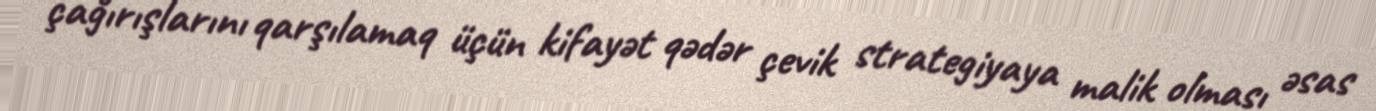
çağırışlarını qarşılamaq üçün kifayət qədər çevik strategiyaya malik olması əsas